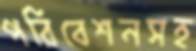
পরিবেশনসহ